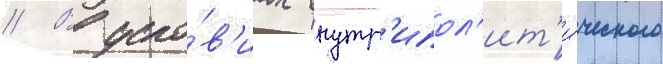
// В усло́в'иах внутр'ипол'ит'и́ческого